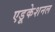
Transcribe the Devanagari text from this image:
एडूकेशनल